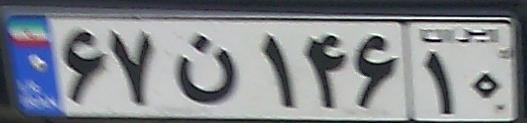
۶۷ن۱۴۶۱۰